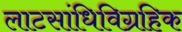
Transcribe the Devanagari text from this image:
लाटसांधिविग्रहिक